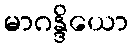
မာဂန္ဒိယော